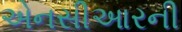
એનસીઆરની